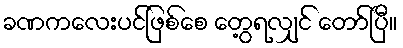
ခဏကလေးပင်ဖြစ်စေ တွေ့ရလျှင် တော်ပြီ။